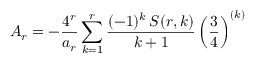
A _ { r } = - { \frac { 4 ^ { r } } { a _ { r } } } \sum _ { k = 1 } ^ { r } { \frac { ( - 1 ) ^ { k } \, S ( r , k ) } { k + 1 } } \left( { \frac { 3 } { 4 } } \right) ^ { ( k ) }